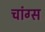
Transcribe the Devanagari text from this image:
चांग्स